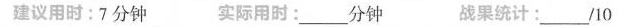
建议用时:7分钟 实际用时:___分钟 战果统计:___/10